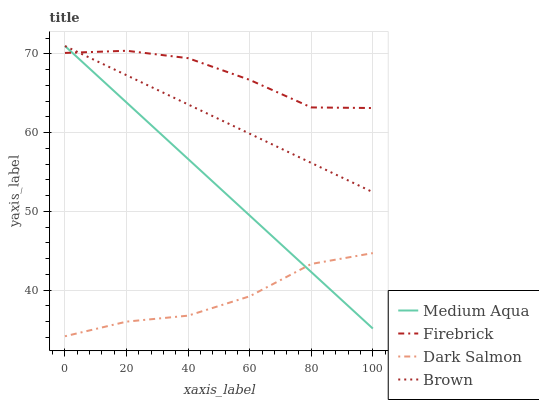
| xaxis_label | Medium Aqua | Firebrick | Dark Salmon | Brown |
 | --- | --- | --- | --- | --- |
 | 0 | 71 | 70.1 | 34.1 | 71 |
 | 20 | 63.8 | 70.4 | 36 | 67.3 |
 | 40 | 56.6 | 69.5 | 36.7 | 63.6 |
 | 60 | 49.5 | 66.7 | 39.2 | 59.9 |
 | 80 | 42.3 | 63.2 | 43.3 | 56.1 |
 | 100 | 35.1 | 63.1 | 44.7 | 52.4 |